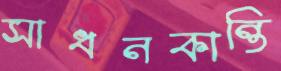
সাধনকান্তি